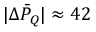
| \Delta \bar { P } _ { Q } | \approx 4 2 \